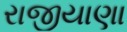
રાજીયાણા